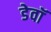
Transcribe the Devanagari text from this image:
डेवॉ